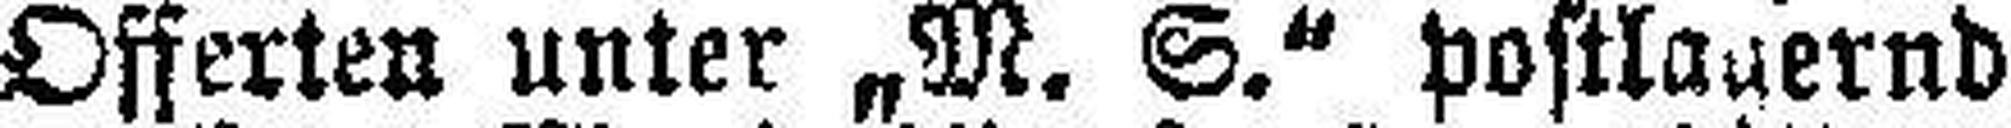
Offerten unter „M. S.“ postlauernd